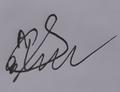
Signature authenticity: forged